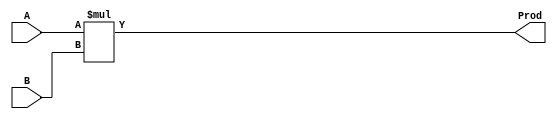
module BoothMultiplier16 (
    input signed [15:0] A,
    input signed [15:0] B,
    output signed [31:0] Prod
);

    reg signed [31:0] result;

    always @* begin
        result = A * B;
    end

    assign Prod = result;

endmodule